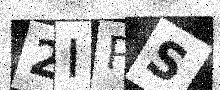
Text: 2IPS